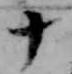
十